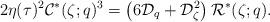
LaTeX: \begin{align*} 2\eta(\tau)^2\mathcal C^*(\zeta;q)^3=\left(6\mathcal D_q+\mathcal D_\zeta^2\right)\mathcal R^*(\zeta;q).\end{align*}